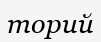
торий